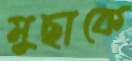
মুছাকে